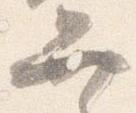
弁